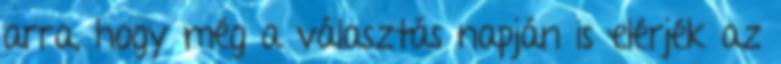
arra, hogy még a választás napján is elérjék az